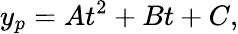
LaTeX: y_{p}=At^{2}+Bt+C,